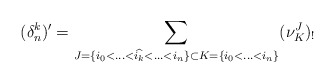
\begin{align*}(\delta_n^k)'= \sum_{J=\{i_0<\hdots<\widehat{i_k}<\hdots<i_n\} \subset K=\{i_0<\hdots<i_n\} }(\nu_{K}^J)_!\end{align*}